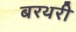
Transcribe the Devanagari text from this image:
बरथरी